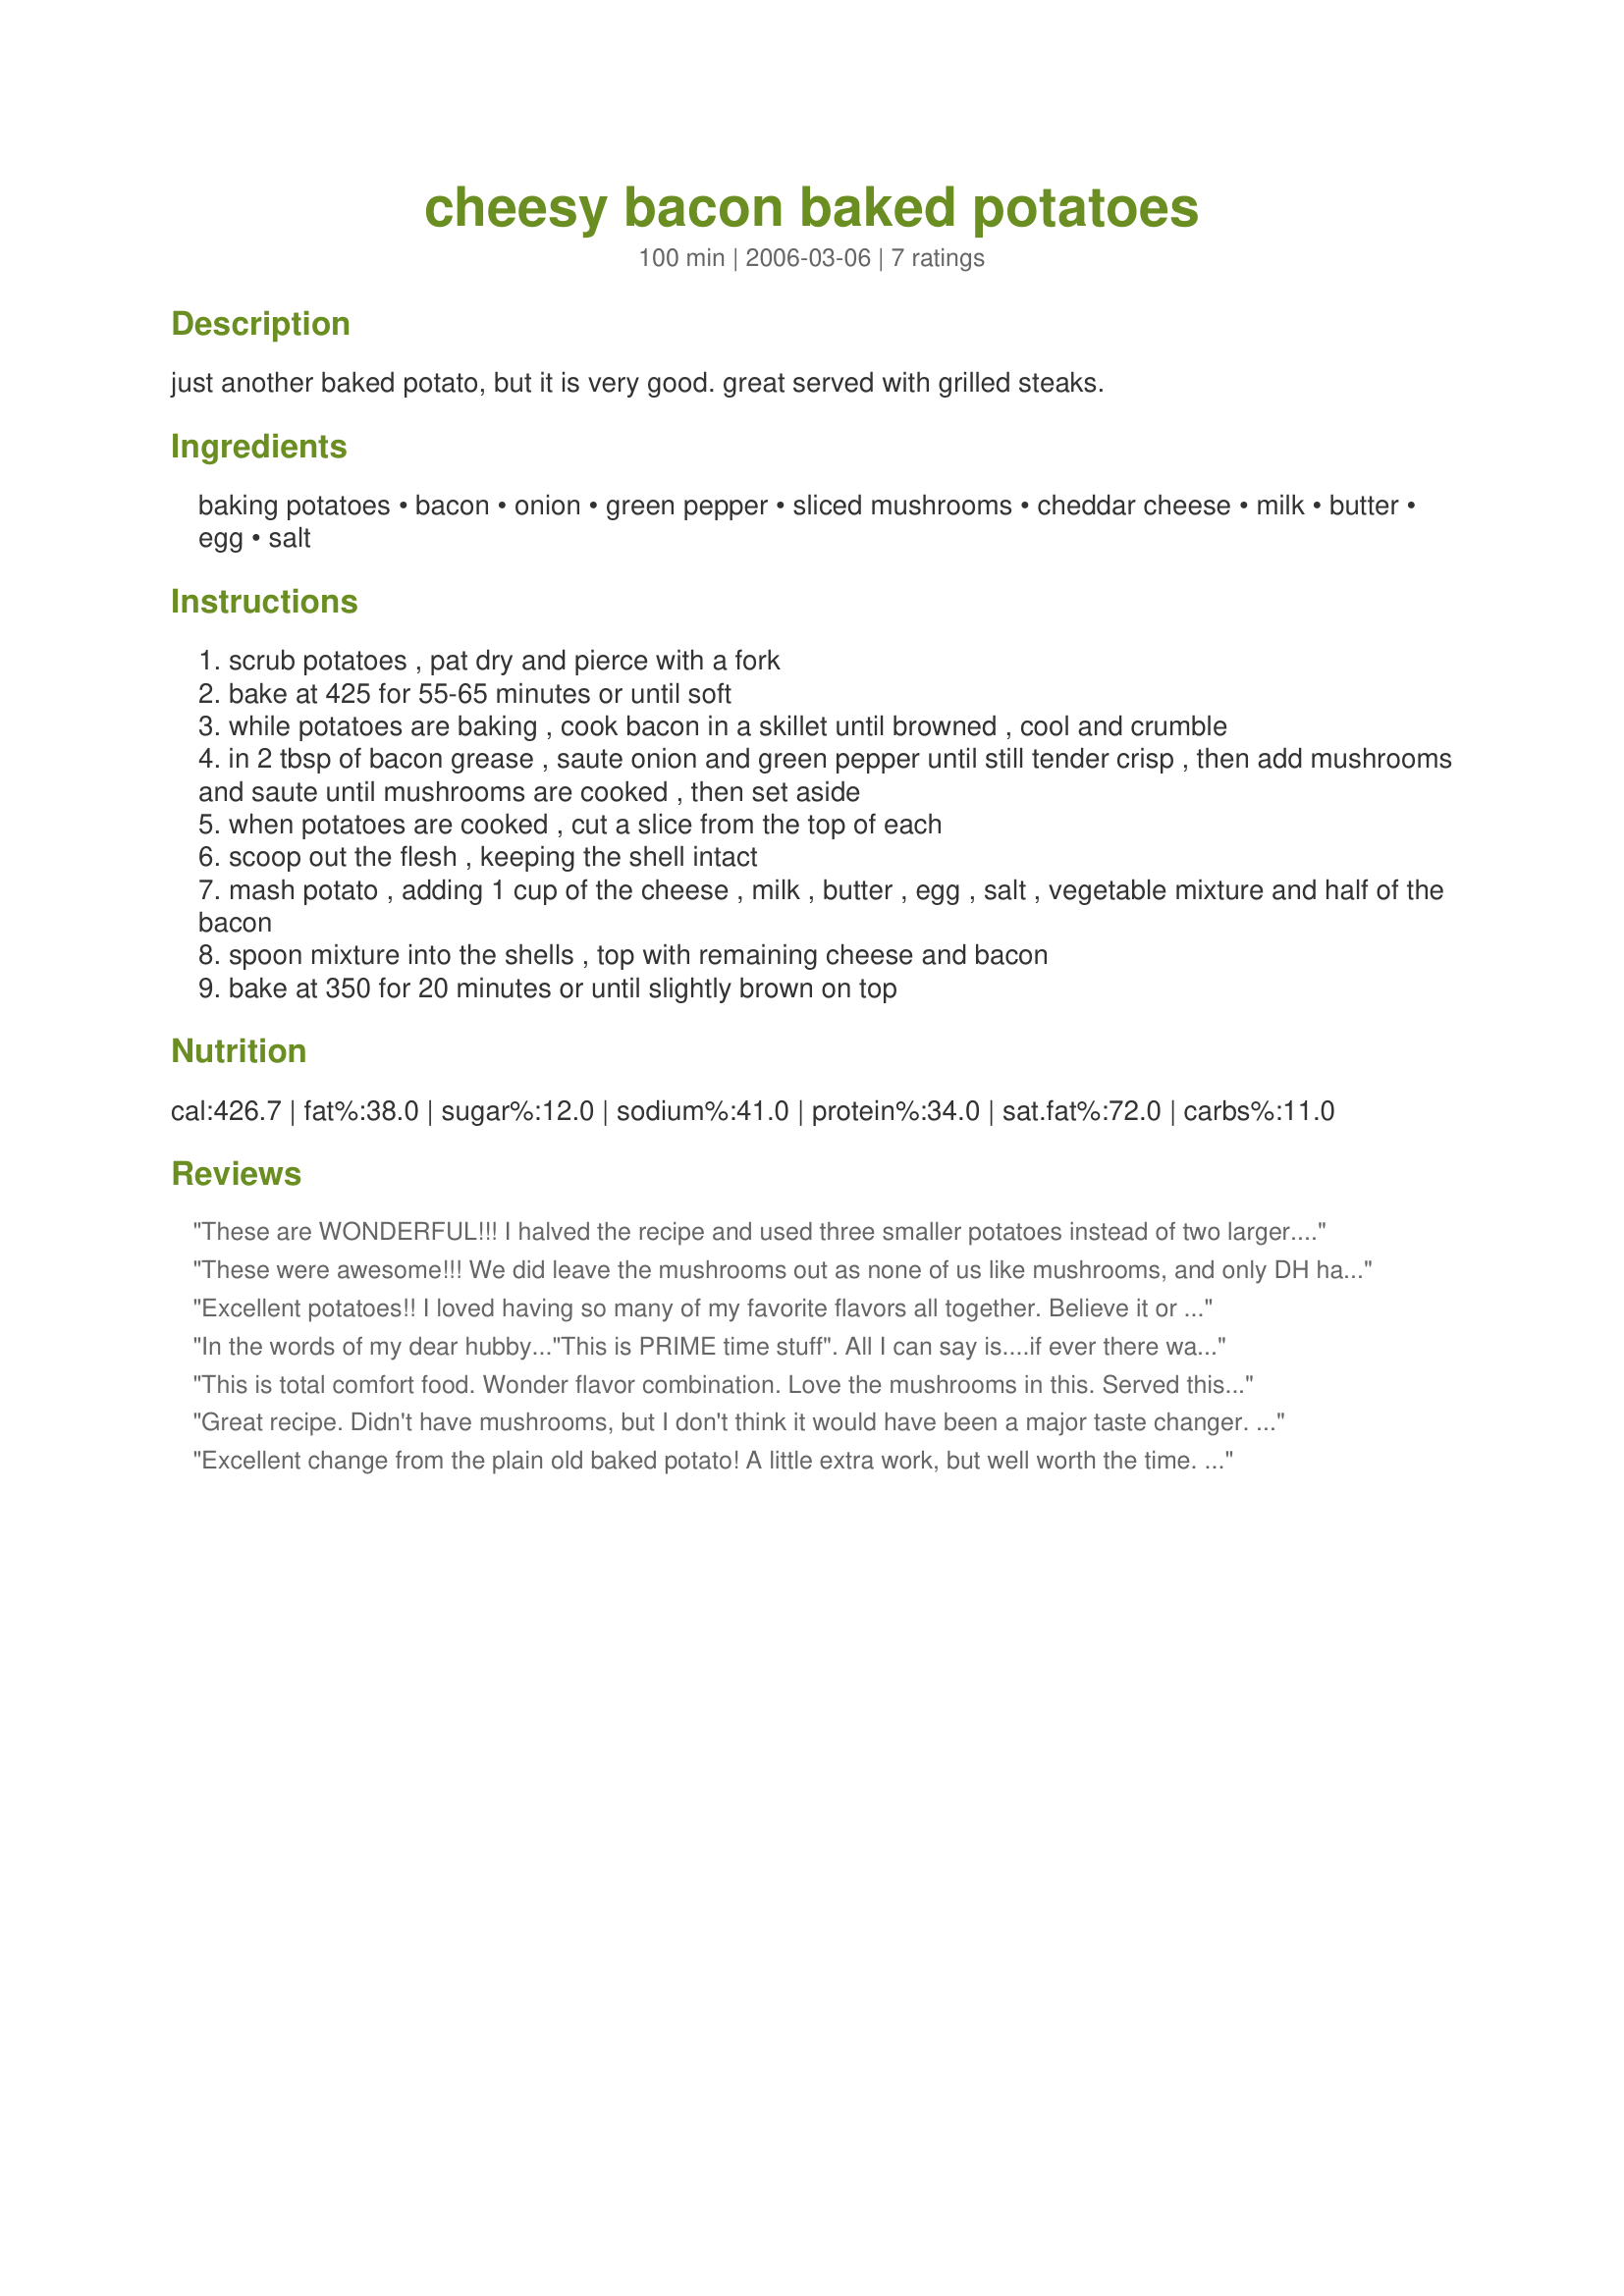
cheesy bacon baked potatoes
Preparation time: 100 minutes

just another baked potato, but it is very good. great served with grilled steaks.

Ingredients:
baking potatoes, bacon, onion, green pepper, sliced mushrooms, cheddar cheese, milk, butter, egg, salt

Steps:
scrub potatoes , pat dry and pierce with a fork
bake at 425 for 55-65 minutes or until soft
while potatoes are baking , cook bacon in a skillet until browned , cool and crumble
in 2 tbsp of bacon grease , saute onion and green pepper until still tender crisp , then add mushrooms and saute until mushrooms are cooked , then set aside
when potatoes are cooked , cut a slice from the top of each
scoop out the flesh , keeping the shell intact
mash potato , adding 1 cup of the cheese , milk , butter , egg , salt , vegetable mixture and half of the bacon
spoon mixture into the shells , top with remaining cheese and bacon
bake at 350 for 20 minutes or until slightly brown on top

Reviews:
These are WONDERFUL!!! I halved the recipe and used three smaller potatoes instead of two larger. Found my family had drunk all the milk so used some light sour cream instead. DH even loved the mushrooms in the potato. I used red pepper instead of green because that is what was on hand, but I think the green would make a prettier presentation playing off the "reds" of the bacon. The filling was light and refreshing with the addition of the vegetables. They need NO additional seasoning of any sort....just perfect as they are.
These were awesome!!! We did leave the mushrooms out as none of us like mushrooms, and only DH had the onions and green peppers in his, but still these were outstanding!! I think next time we'll just make a salad with this next time as these were really filling...we had hamburgers and nobody could finish the burgers but we all finished the potatoes! I also had a problem keeping the skins intact but I think I just need more practice so we'll be making this often! Thanks Oz for a wonderful recipe and congrats on the football pool win!
Excellent potatoes!! I loved having so many of my favorite flavors all together. Believe it or not, I had no butter so I added a couple of tablespoons of sour cream which worked fine. Loved them!!!
In the words of my dear hubby..."This is PRIME time stuff". All I can say is....if ever there was a 10* star this is one. WOW! 
Love the bacon taste along with the rest of the ingredients. My DH is taking a potato to one of his clients tomorrow to brag about this recipe. We just loved it!!! This is a MUST try recipe! Its a Keeper in our house for sure! We had them with grilled steaks as mention in the description and its absolutely right. The best!!! Thanks so much for sharing this delicious recipe.
This is total comfort food. Wonder flavor combination. Love the mushrooms in this. Served this with Steak Kabobs, which is a recipe I'm working on and will continue to work on since it just didn't come out like I would have liked. Thanks Oz and good luck next week.
Great recipe. Didn't have mushrooms, but I don't think it would have been a major taste changer. I also have to admire anyone who can make only four slices of bacon! I made the whole pound.
Excellent change from the plain old baked potato! A little extra work, but well worth the time. I loved the green peppers and onion as unexpected flavor additions... I did, however leave out the mushrooms (not a fungus fan...), but followed the rest of the recipe to the letter. The family loved it, served alongside standard-fare meatloaf. Thanks, Oz for a recipe for me to add to my "favorites" cookbook.
